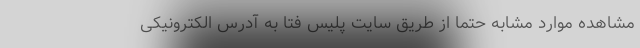
مشاهده موارد مشابه حتما از طریق سایت پلیس فتا به آدرس الکترونیکی